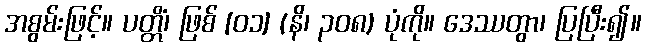
အစွမ်းဖြင့်။ ပတ္တိံ၊ ဖြစ် [၀၁] (နိ၊ ၃၀၈) ပုံကို။ ဒေဿတွာ၊ ပြပြီး၍။